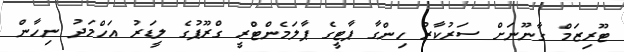
ޓޫރިޒަމް ގާނޫނަށް ސަރުކާރު ހިންގާ ޕާޓީގެ ޕާލަމެންޓްރީ ގްރޫޕުގެ ލީޑަރު އަހްމަދު ނިހާން